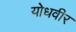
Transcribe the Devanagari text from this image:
योधवीर